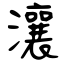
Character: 瀼